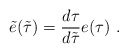
\begin{align*}\tilde{e}(\tilde{\tau})=\frac{d\tau}{d\tilde{\tau}}e(\tau)\ .\end{align*}